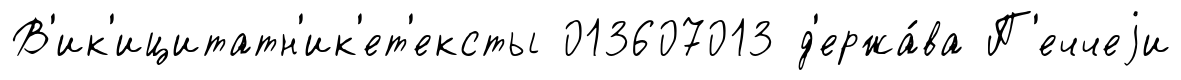
В'ик'ицитатн'ик'ет'ексты 013607013 д'ержа́ва П'еччеjи